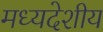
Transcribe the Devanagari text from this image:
मध्‍यदेशीय